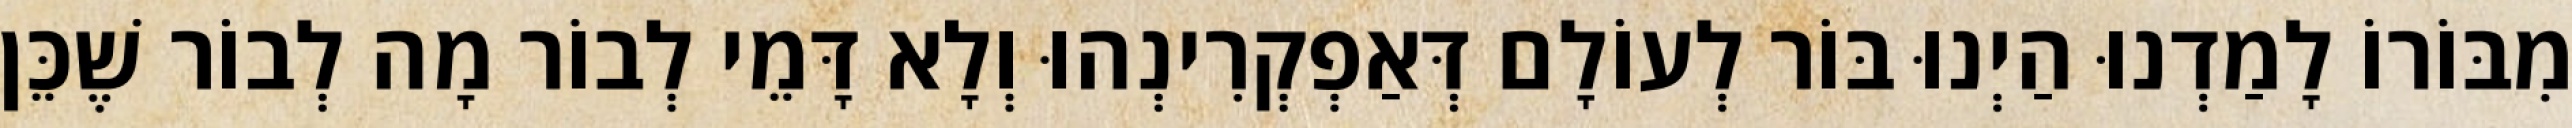
מִבּוֹרוֹ לָמַדְנוּ הַיְנוּ בּוֹר לְעוֹלָם דְּאַפְקְרִינְהוּ וְלָא דָּמֵי לְבוֹר מָה לְבוֹר שֶׁכֵּן